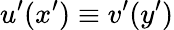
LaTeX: u^{\prime}(x^{\prime})\equiv v^{\prime}(y^{\prime})